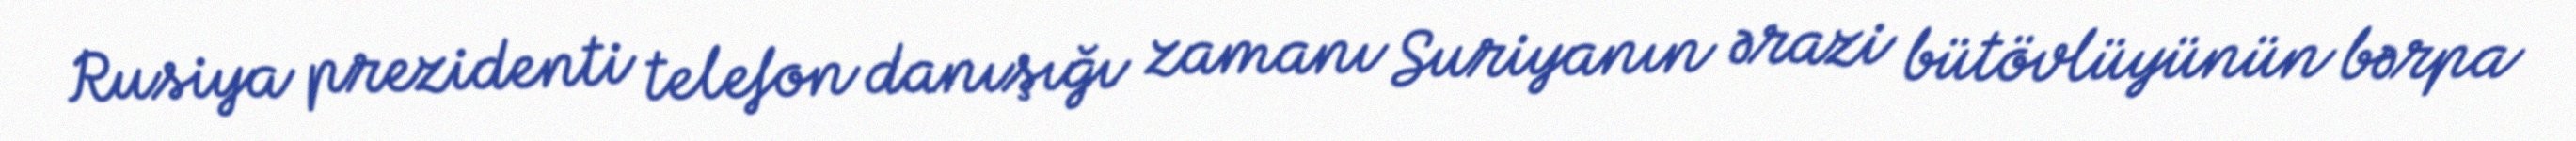
Rusiya prezidenti telefon danışığı zamanı Suriyanın ərazi bütövlüyünün bərpa